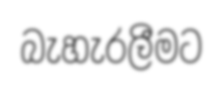
බැහැරලීමට